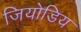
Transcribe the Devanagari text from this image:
जियोडिय